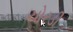
ચોરડી